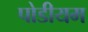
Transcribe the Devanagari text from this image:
पोडीयम